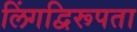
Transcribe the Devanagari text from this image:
लिंगद्विरूपता